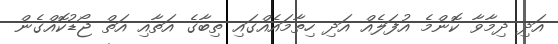
އަދި ދިމާވާ ކޮންމެ އުފަލެއް އަދި ހިތާމައެއްގައި ތިބާގެ އަތާއި އަތް ޖޯޑުކޮއްގެން